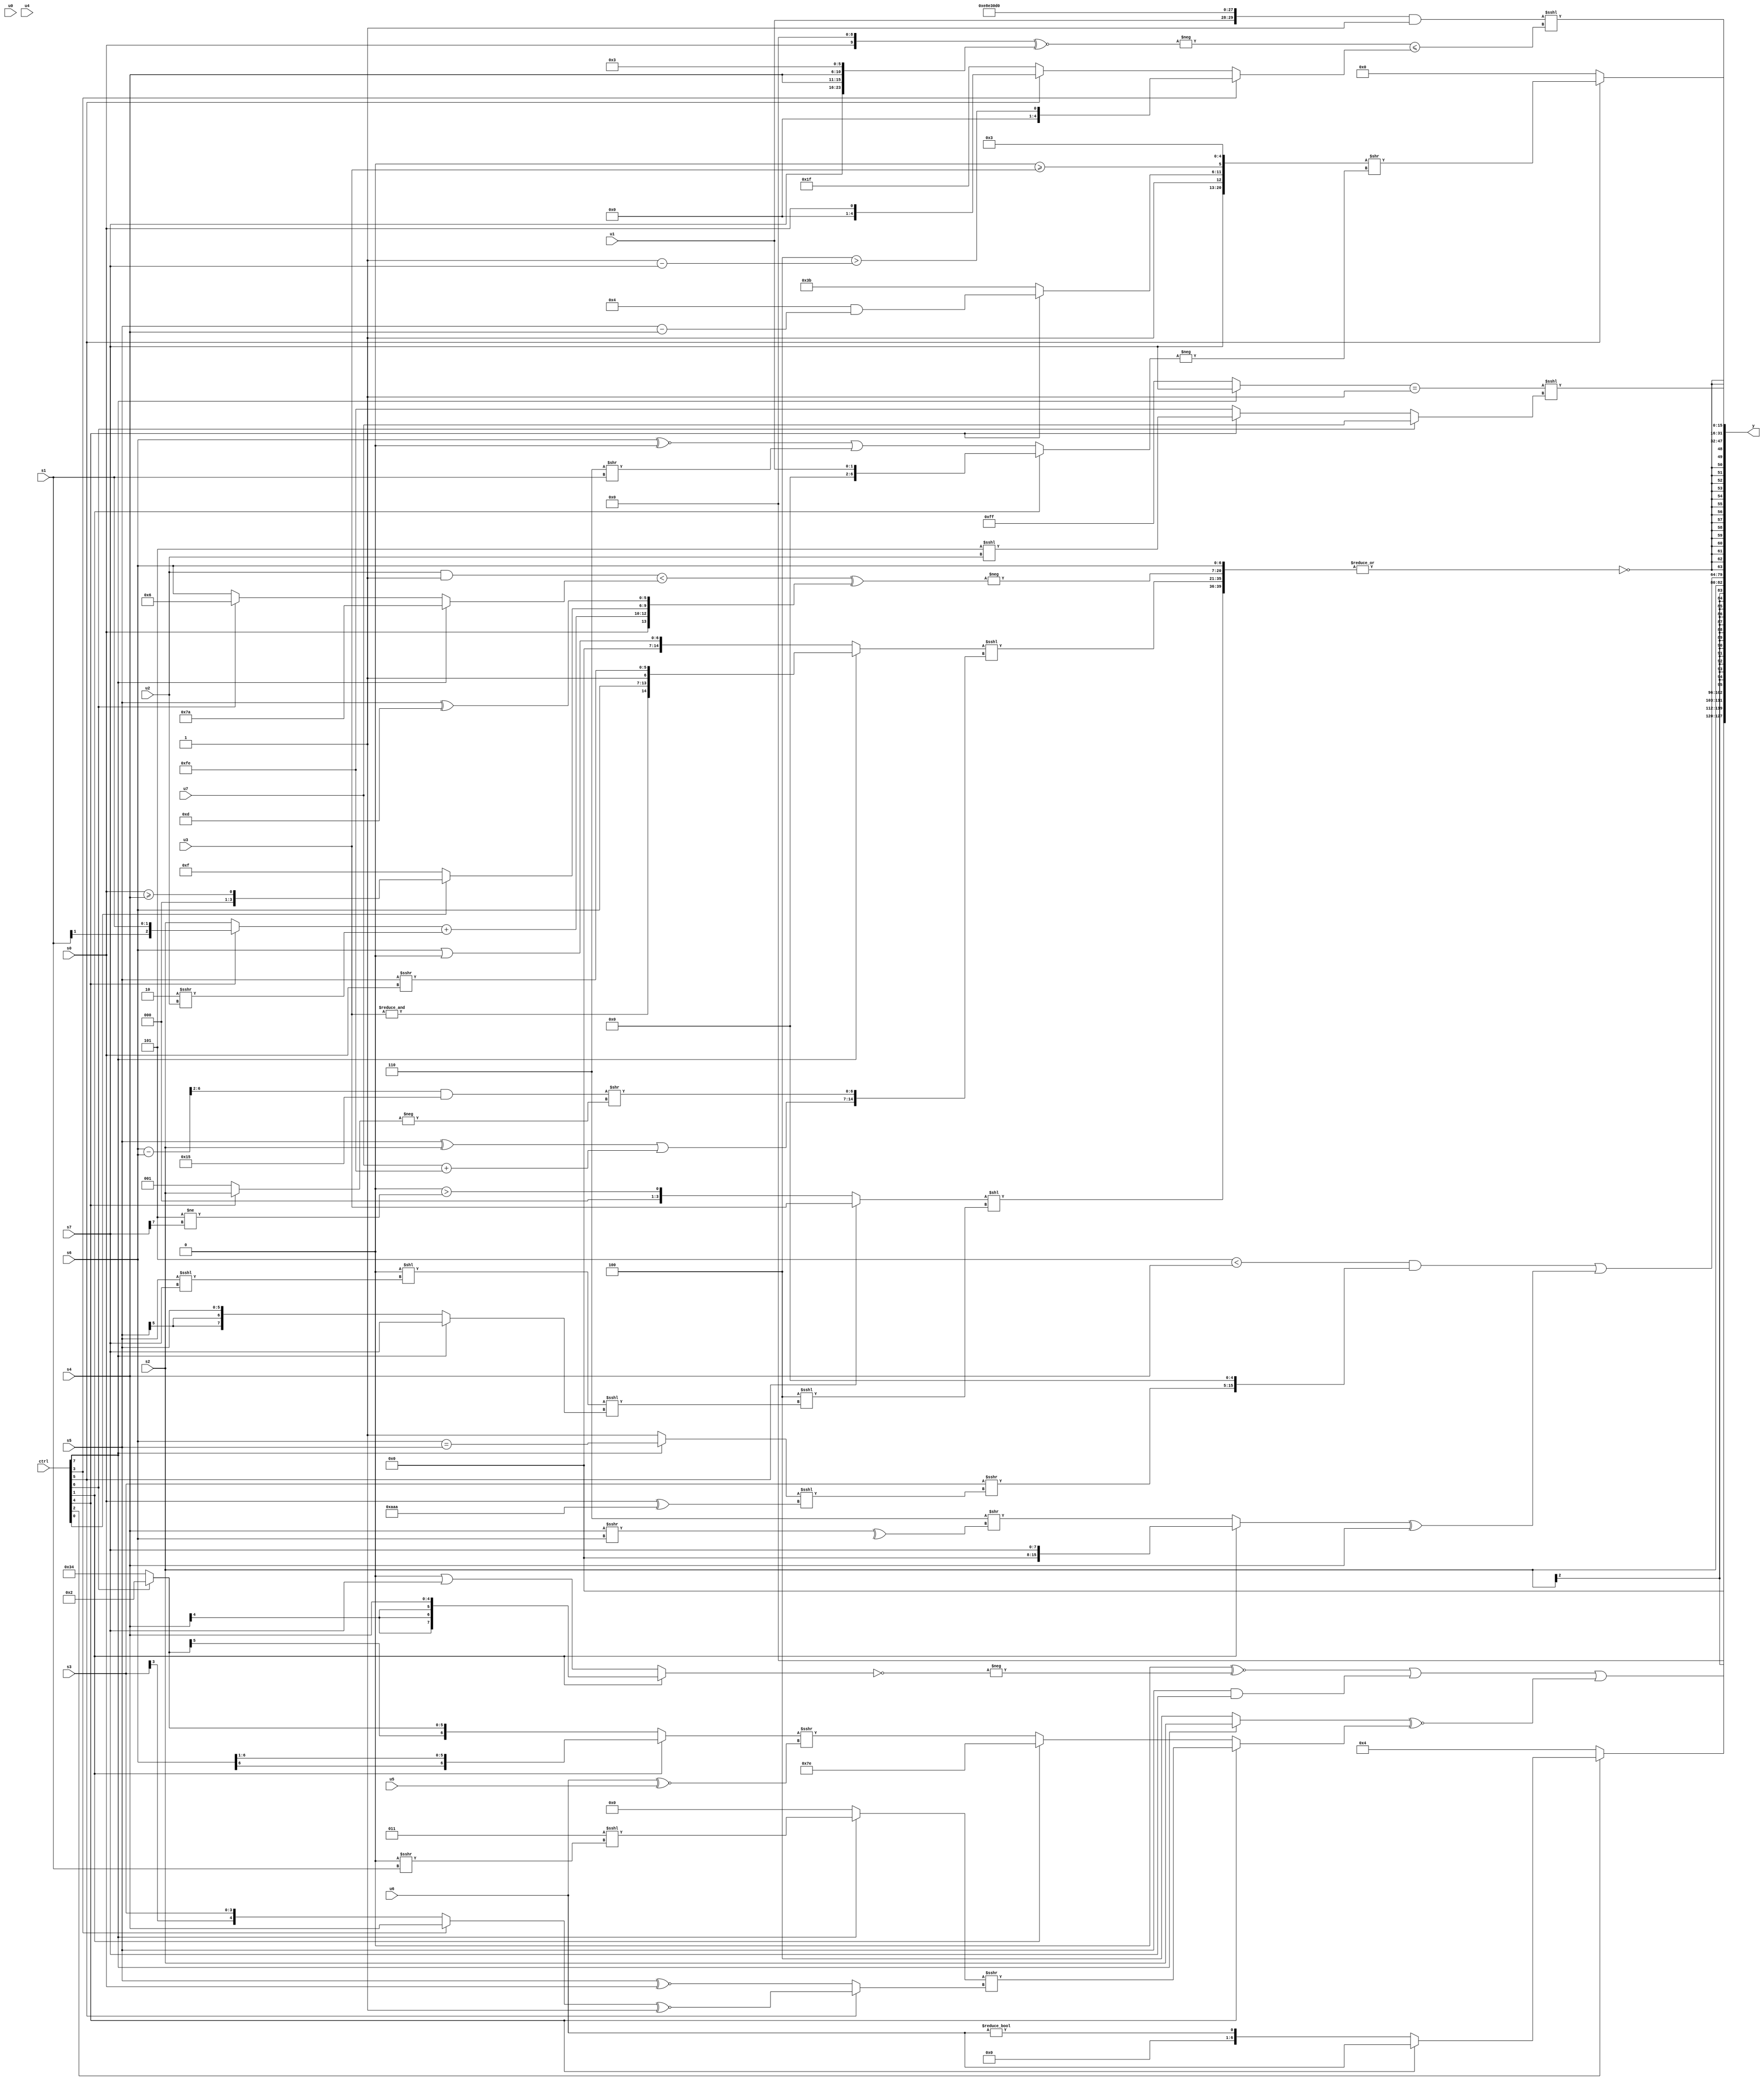
module wideexpr_00640(ctrl, u0, u1, u2, u3, u4, u5, u6, u7, s0, s1, s2, s3, s4, s5, s6, s7, y);
  input [7:0] ctrl;
  input [0:0] u0;
  input [1:0] u1;
  input [2:0] u2;
  input [3:0] u3;
  input [4:0] u4;
  input [5:0] u5;
  input [6:0] u6;
  input [7:0] u7;
  input signed [0:0] s0;
  input signed [1:0] s1;
  input signed [2:0] s2;
  input signed [3:0] s3;
  input signed [4:0] s4;
  input signed [5:0] s5;
  input signed [6:0] s6;
  input signed [7:0] s7;
  output [127:0] y;
  wire [15:0] y0;
  wire [15:0] y1;
  wire [15:0] y2;
  wire [15:0] y3;
  wire [15:0] y4;
  wire [15:0] y5;
  wire [15:0] y6;
  wire [15:0] y7;
  assign y = {y0,y1,y2,y3,y4,y5,y6,y7};
  assign y0 = $unsigned((((2'sb00)^~(-(!((ctrl[1]?s4:(2'sb00)|(s7))))))|((s5)&(s7)))|(($signed((ctrl[7]?s2:3'sb100)))^~($signed((ctrl[4]?((ctrl[7]?(+(3'sb011))<<<((1'sb0)>>>(s1)):1'sb0))>>>((ctrl[5]?((ctrl[3]?s4:s3))^~(2'sb11):((s5)^~(s0))<<(3'b000))):(ctrl[1]?2'sb10:((ctrl[1]?(s6)>>>(1'sb1):(ctrl[6]?4'sb0010:6'sb110100)))>>>($signed((u6)^~(u5)))))))));
  assign y1 = +((ctrl[2]?(ctrl[4]?u6:((s1)>>(5'b00100))|((2'sb00)!=(u6))):$signed(-(4'sb1100))));
  assign y2 = s2;
  assign y3 = ((+(({4'sb0001,2'sb01})<($signed(s4))))&((($signed(s3))>>>(((ctrl[7]?(s6)==(s5):(2'sb10)^~(4'b1100)))<<<((|(s0))^({3{4'sb1010}}))))<<($signed($signed(3'sb101)))))|(((ctrl[1]?$signed(s7):($signed(3'b110))>>($unsigned(^((s4)>>>(s6))))))^(s4));
  assign y4 = $signed(~|({({1{(ctrl[5]?u3:($signed((5'sb00110)==(2'sb11)))>((4'sb1101)!=((s7)>>>(5'sb10110))))}})<<(($signed(5'sb11100))<<<(((({u6})>>>({4{4'sb1000}}))<<($signed((s5)<<<(s7))))<<<(+((ctrl[7]?s7:s5))))),s6,($signed($signed((ctrl[7]?{&(u3),s6,(1'sb1)<<<(3'sb000),(s5)>>>(s0)}:$unsigned((s6)|(4'sb0000))))))<<<({({1{$signed((s5)^(s2))}})|((u7)+(~(~&(4'sb0100)))),((((s6)-(s6))>>>(3'sb010))&(($signed(1'sb0))^($signed(6'sb010101))))>>($unsigned(-((ctrl[4]?s2:2'sb01))))}),+(-(((($signed(u2))&($signed(1'sb1)))<((ctrl[7]?+(4'sb1010):(ctrl[6]?6'sb000110:s6))))^({s0,((ctrl[4]?s1:s2))+((2'sb10)>>>(u2)),(ctrl[0]?(s0)>=(s4):{2{2'sb11}}),($signed(s5))^(6'sb001101)})))}));
  assign y5 = (ctrl[5]?({s7,{1'sb1,(ctrl[4]?(6'sb000100)&((s5)-(s4)):5'sb11011),(1'sb0)>=(u3)},5'b00011})>>($signed(-((ctrl[1]?u1:((s6)^~(1'sb0))|((4'b0110)>>(s1)))))):2'sb00);
  assign y6 = (+(({$signed(u1),5'b11101,6'sb000111,{{2{6'b000110}},5'sb10000}})&(5'sb00001)))<<<($unsigned((-(((s0)<<(4'b1001))^~({s7,s4,s4,6'sb000011})))<=((ctrl[3]?(6'sb111100)>((2'sb11)-(s7)):(ctrl[5]?s0:5'sb11111)))));
  assign y7 = (((ctrl[7]?s7:+(-(2'sb01))))==(+($signed(~|(2'b00)))))<<<((ctrl[6]?$signed(u7):(ctrl[4]?(ctrl[4]?(4'sb1101)<<<(u2):(4'sb0001)>>>(6'b000110)):2'sb10)));
endmodule